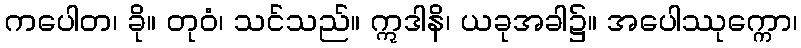
ကပေါတ၊ ခို။ တုဝံ၊ သင်သည်။ ဣဒါနိ၊ ယခုအခါ၌။ အပေါဿုက္ကော၊